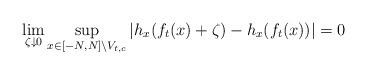
LaTeX: \begin{align*}\lim_{\zeta \downarrow 0} \sup_{x \in [-N,N]\setminus V_{t,c}}|h_{x}(f_{t}(x) + \zeta ) - h_{x}(f_{t}(x))| = 0 \end{align*}